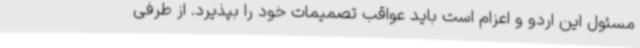
مسئول این اردو و اعزام است باید عواقب تصمیمات خود را بپذیرد. از طرفی